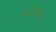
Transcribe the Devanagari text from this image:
कार्टोग्राफर